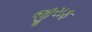
જીરાફ